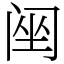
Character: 䦷